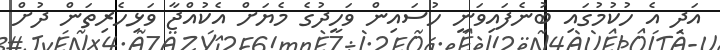
އަދި އެ ހުކުމުގައި ބުނެފައިވަނީ ހުސައިން ވަހީދުގެ މެޔަށް އެކުއްޖާ ވަޅިހެރިތަން ދުށް